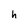
Character: h